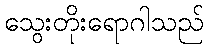
သွေးတိုးရောဂါသည်